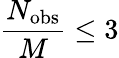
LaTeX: \frac{N_{\mathrm{{obs}}}}{M}\leq 3